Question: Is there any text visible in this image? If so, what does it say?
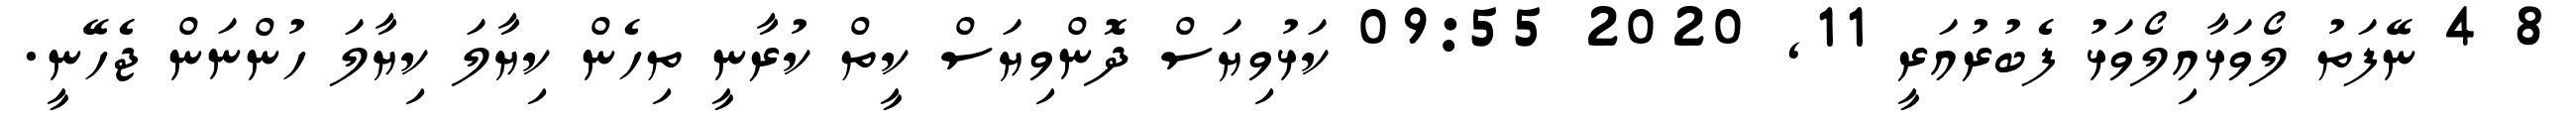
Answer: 8 4 ނޭފަތު ލޯވަޅާއިލޯވަޅު ފެބުރުއަރީ 11, 2020 09:55 ކަޅުވިޔަސް ދޮންވިޔަސް ކީތް ކުރާނީ ތިހެން ކިޔާލަ ކިޔާލަ ހުންނަން ޖެހޭނީ.